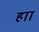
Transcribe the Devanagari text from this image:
हाा